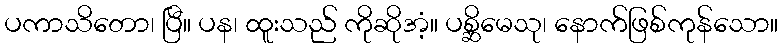
ပကာသိတော၊ ပြီ။ ပန၊ ထူးသည် ကိုဆိုအံ့။ ပစ္ဆိမေသု၊ နောက်ဖြစ်ကုန်သော။